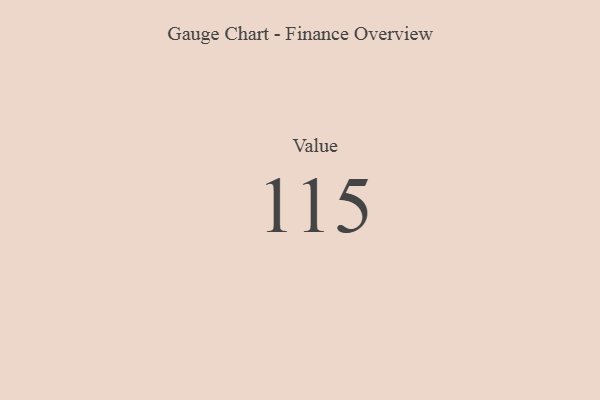
{"axis": {"x": "Metric", "y": "Value"}, "legend": [""], "data": [{"x": "Value", "y": 115, "type": ""}]}